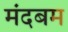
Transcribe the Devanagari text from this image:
मंदबम